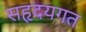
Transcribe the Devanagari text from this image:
सहृदयगत